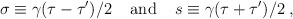
\begin{align*}\sigma \equiv \gamma ({\tau-\tau '})/{2}\;\;\;\;{\rm and}\;\;\;\;s \equiv \gamma({\tau+\tau '})/{2}\;,\end{align*}